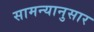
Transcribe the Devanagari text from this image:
सामन्यानुसार